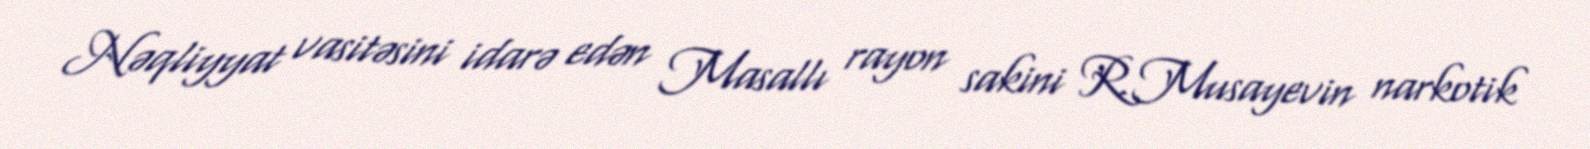
Nəqliyyat vasitəsini idarə edən Masallı rayon sakini R.Musayevin narkotik